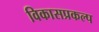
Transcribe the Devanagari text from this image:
विकासप्रकल्प